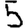
Digit: 5